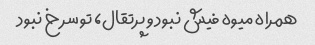
همراه میوه فیش نبود و پرتقال، تو سرخ نبود